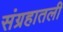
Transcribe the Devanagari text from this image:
संग्रहातली